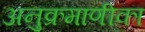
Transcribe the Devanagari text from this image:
अनुक्रमाणीका